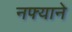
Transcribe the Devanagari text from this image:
नफ्याने